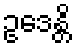
ဥဒေန္တိ